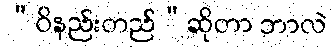
“ဝိနည်းတည်”ဆိုတာ ဘာလဲ